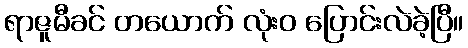
ရာဇူမီခင် တယောက် လုံးဝ ပြောင်းလဲခဲ့ပြီ။